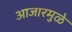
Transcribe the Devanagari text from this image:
आजारमुळे